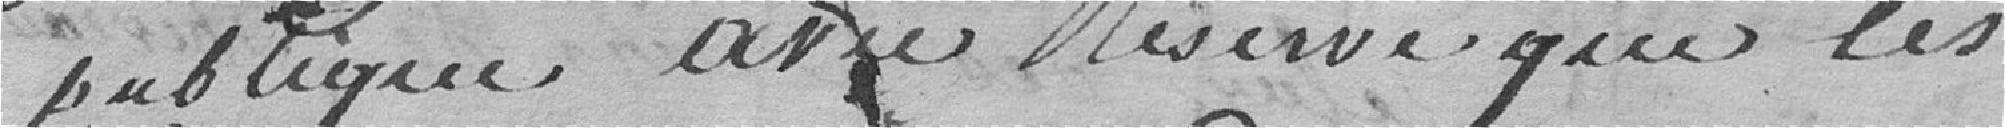
publique avec Réserve que les